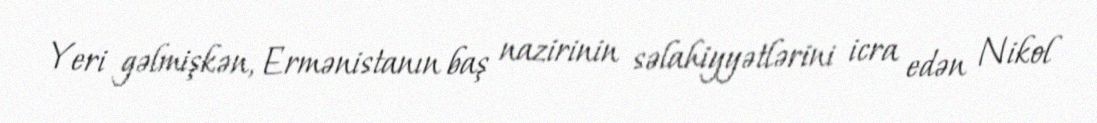
Yeri gəlmişkən, Ermənistanın baş nazirinin səlahiyyətlərini icra edən Nikol